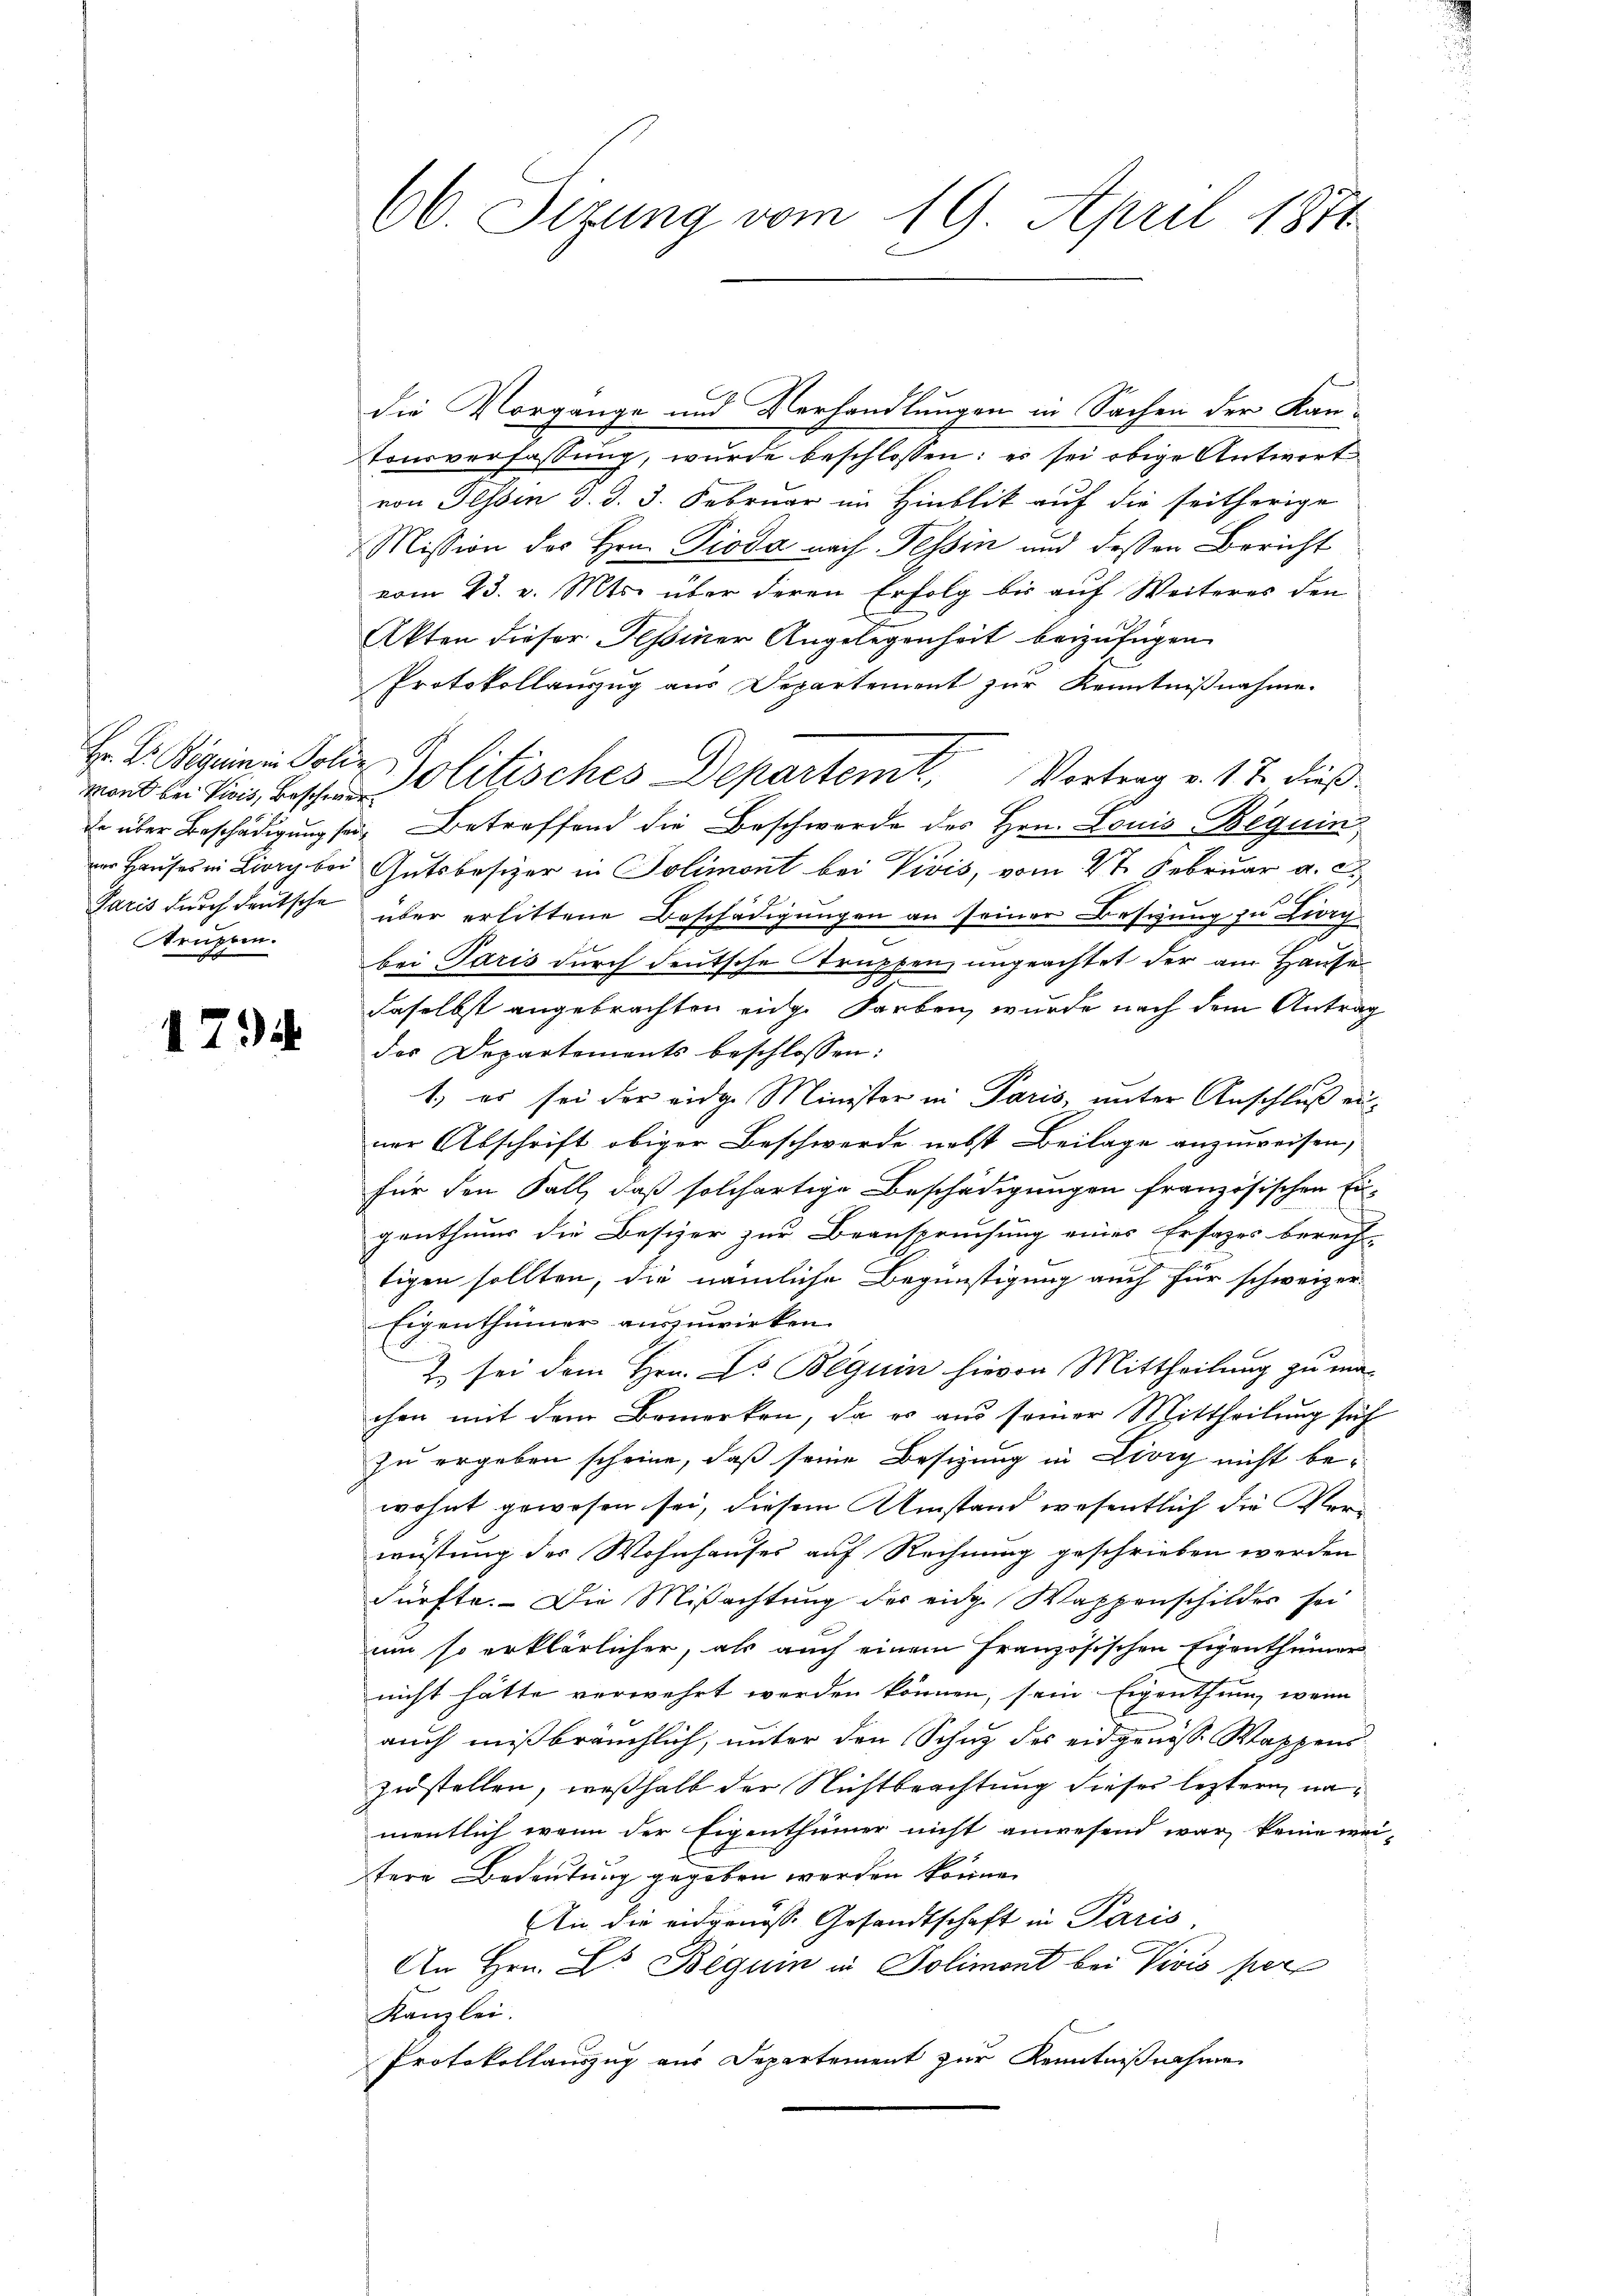
Hr. V. Beguin in Golde
Struppen.

die Vorgange und Verhandlungen in Sachen der Kantonsverfassung, wurde beschlossen: es sei obige Antwort
von Tessin d. d. 3. Februar im Hinblik auf die seitherige
Mission des Hrn. Pioda nach Tessin und dessen Bericht
vom 23. v. Mts. über deren Erfolg bis auf Weiteres den
Akten dieser Tessiner Angelegenheit beizufügen
Protokollauszug aus Departement zur Kenntnißnahme.
mont in sind, Beste Politisches Departem Vortrag v. 17. dieß¬
Er über Beschädigung sei, betreffend die Beschwerde des Hrn. Louis Beguin
m Hauses in Liery bei Gutsbesizer in Polimont bei Vivis, vom 4t Februar a. c.

Paris durch deutsche über erlittene Beschädigungen an seiner Bestung zu Lieg
bei Paris durch deutsche Struppen, ungeachtet der am Hause
1
daselbst angebrachten eidge Farben, wurde nach dem Antrag
2 des der Departements beschlossen:
1) es sei der eidge Minister in Paris, unter Anschluß einer Abschrift obiger Beschwerde nebst Beilage anzuweisen,
für den Fall, daß solchertige Beschädigungen französischen Ei
genthums die Besizer zur Beanspruchung eines Ersatzes berech
tigen sollten, die nämliche Begünstigung auch für schweizer¬
Eigenthümer auszuwirken.
2 sei dem Hrn. Dr Beguin hievon Mittheilung zu ma-
chen mit dem Bemerken, da es aus seiner Mittheilung sich
zu ergeben scheine, daß seine Besizung in Livig nicht bewohnt gewesen sei, diesem Umstand wesentlich die Ver-
wüstung der Wohnhauses auf Rechnung geschrieben werden
dürfte. Die Mißachtung der eidg. Wappenschilder sei
um so erklärlicher, als auch einem französischen Eigenthümer
nicht hätte verwehrt werden können, sein Eigenthum, wenn
auch mißbräuchlich, unter den Schuz des eidgenösse Wappens
zustellen, weßhalb der Nichtbrachtung dieser leztern namentlich wenn der Eigenthümer nicht anwesend war, keine wei-
tere Bedeutung gegeben werden könne.
An die eidgenösse Gesandtschaft in Paris,
An Hrn. L. Beguin in Polimont bei Vivis per
Kanzlei.
Protokollauszug aus Departement zur Kenntnißnahme

66. Sitzung vom 19. April 1874